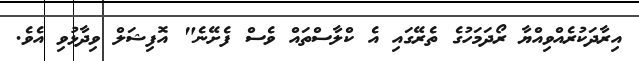
އިރާދަކުރެއްވިއްޔާ ރޯދަމަހުގެ ތެރޭގައި އެ ކްލާސްތައް ވެސް ފެށޭނެ" އޮފިޝަލް ވިދާޅުވި އެވެ.